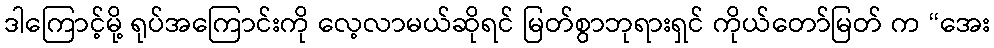
ဒါကြောင့်မို့ ရုပ်အကြောင်းကို လေ့လာမယ်ဆိုရင် မြတ်စွာဘုရားရှင် ကိုယ်တော်မြတ် က “အေး